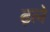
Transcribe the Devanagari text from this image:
ढ़ले